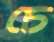
চে